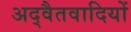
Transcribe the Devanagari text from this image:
अद्वैतवादियों